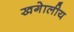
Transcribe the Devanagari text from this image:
खगेालीय